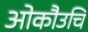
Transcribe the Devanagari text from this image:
ओकौउचि